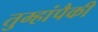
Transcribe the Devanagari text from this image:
तुम्हांपैकी